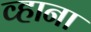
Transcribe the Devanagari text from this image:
व्हाना